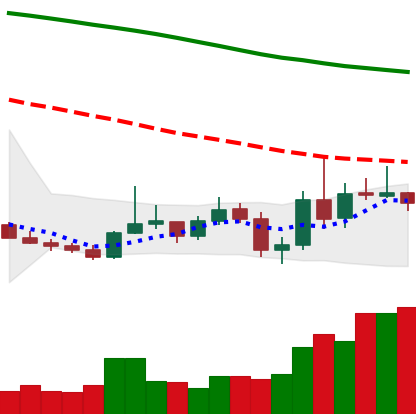
Ticker: XMR-USD
Chart end date: 2019-10-30
Forward return: 7.698%
Label: up_7plus